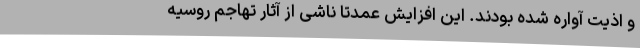
و اذیت آواره شده بودند. این افزایش عمدتاً ناشی از آثار تهاجم روسیه